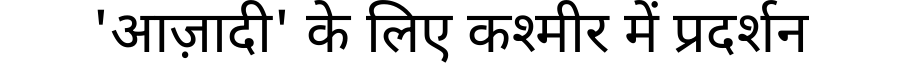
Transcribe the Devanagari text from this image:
'आज़ादी' के लिए कश्मीर में प्रदर्शन